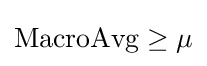
{\text{MacroAvg}}\geq \mu